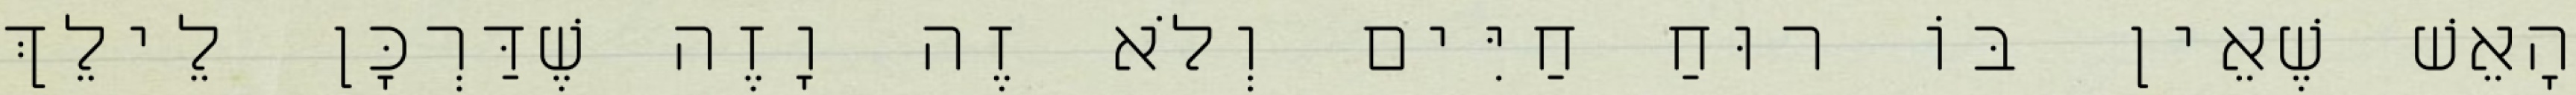
הָאֵשׁ שֶׁאֵין בּוֹ רוּחַ חַיִּים וְלֹא זֶה וָזֶה שֶׁדַּרְכָּן לֵילֵךְ